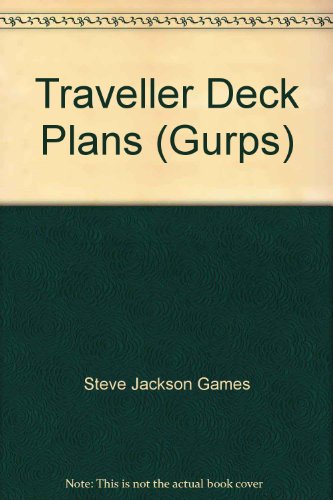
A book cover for GURPS Traveller: Deck Plan 6 System Defense Boat; Steve Jackson Games; Science Fiction & Fantasy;